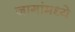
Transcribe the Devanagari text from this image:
जागांमध्ये